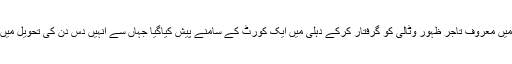
حال ہی میں معروف تاجر ظہور وٹالی کو گرفتار کرکے دہلی میں ایک کورٹ کے سامنے پیش کیاگیا جہاں سے انہیں دس دن کی تحویل میں دیا گیا ۔